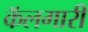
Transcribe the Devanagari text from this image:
कॅलगारी